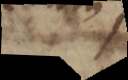
s